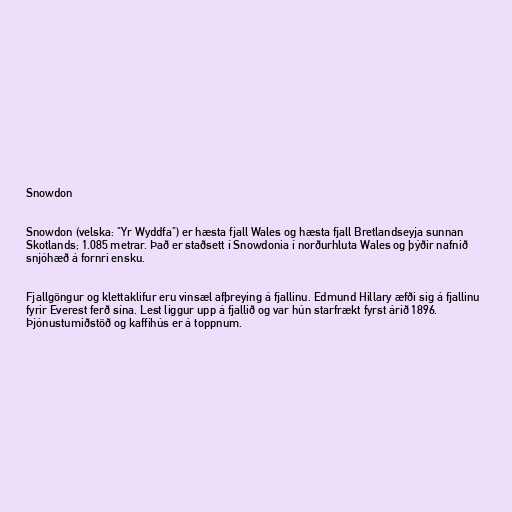
Snowdon

Snowdon (velska: "Yr Wyddfa") er hæsta fjall Wales og hæsta fjall Bretlandseyja sunnan
Skotlands; 1.085 metrar. Það er staðsett í Snowdonia í norðurhluta Wales og þýðir nafnið
snjóhæð á fornri ensku.

Fjallgöngur og klettaklifur eru vinsæl afþreying á fjallinu. Edmund Hillary æfði sig á fjallinu
fyrir Everest ferð sína. Lest liggur upp á fjallið og var hún starfrækt fyrst árið 1896.
Þjónustumiðstöð og kaffihús er á toppnum.